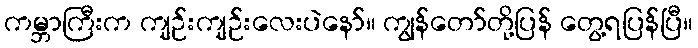
ကမ္ဘာကြီးက ကျဉ်းကျဉ်းလေးပဲနော်။ ကျွန်တော်တို့ပြန် တွေ့ရပြန်ပြီ။